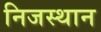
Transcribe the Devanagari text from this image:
निजस्थान